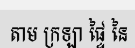
តាម ក្រឡា ផ្ទៃ នៃ